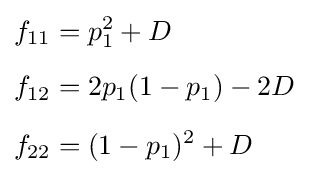
{\begin{aligned}f_{11}&=p_{1}^{2}+D\\[5pt]f_{12}&=2p_{1}(1-p_{1})-2D\\[5pt]f_{22}&=(1-p_{1})^{2}+D\end{aligned}}